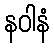
နဝါနံ